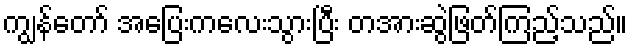
ကျွန်တော် အပြေးကလေးသွားပြီး တအားဆွဲဖြတ်ကြည့်သည်။